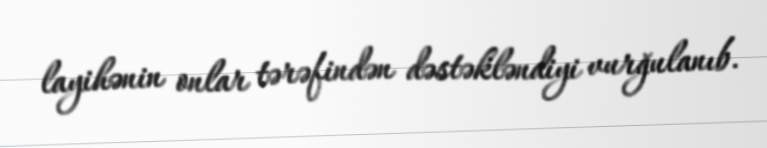
layihənin onlar tərəfindən dəstəkləndiyi vurğulanıb.